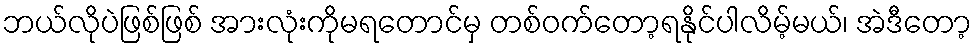
ဘယ်လိုပဲဖြစ်ဖြစ် အားလုံးကိုမရတောင်မှ တစ်ဝက်တော့ရနိုင်ပါလိမ့်မယ်၊ အဲဒီတော့